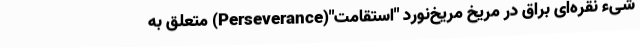
شیء نقره‌ای براق در مریخ مریخ‌نورد "استقامت"(Perseverance) متعلق به